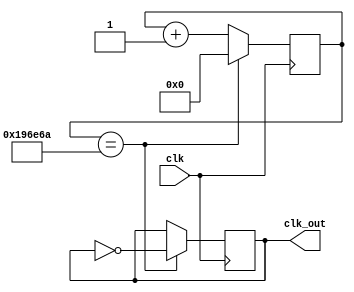
`timescale 1ns / 1ps
//////////////////////////////////////////////////////////////////////////////////
// Company: 
// Engineer: 
// 
// Design Name: 
// Module Name:    divfrec 
// Project Name: 
// Target Devices: 
// Tool versions: 
// Description: 
//
// Dependencies: 
//
// Revision: 
// Revision 0.01 - File Created
// Additional Comments: 
//
//////////////////////////////////////////////////////////////////////////////////
module divfrec(
		clk , 
		clk_out
    );

input clk;
output reg clk_out;
parameter freq = 100000000;
parameter freq_out = 30;
localparam max_count = freq/(2*freq_out);
reg [20:0] count;

initial begin
count='d0;
clk_out=0;
end

always @(posedge clk) begin

	if(count == (max_count)) begin
		clk_out = ~clk_out;
		count = 0;
	end
	else
	count=count+1;
end

endmodule